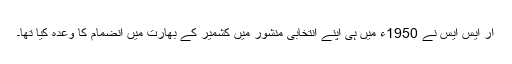
آر ایس ایس نے 1950ء میں ہی اپنے انتخابی منشور میں کشمیر کے بھارت میں انضمام کا وعدہ کیا تھا۔